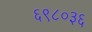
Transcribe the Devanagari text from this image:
६९८०३६